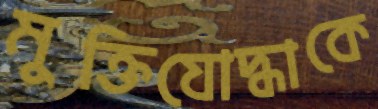
মুক্তিযোদ্ধাকে